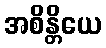
အစိန္တိယေ